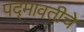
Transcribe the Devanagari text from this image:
पद्‍मावतीचे